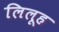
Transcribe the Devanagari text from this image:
लिलूह